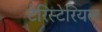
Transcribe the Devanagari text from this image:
टेरिस्टेरियल